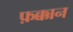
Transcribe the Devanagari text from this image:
फ़क्कान